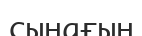
сынағын